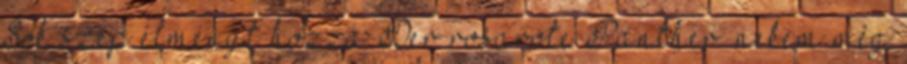
Sok szép élményt hozzá Der rosarote Panther: nekem még